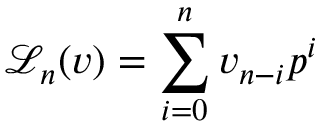
{ { \mathcal L } _ { n } } ( v ) = \sum _ { i = 0 } ^ { n } v _ { n - i } p ^ { i }